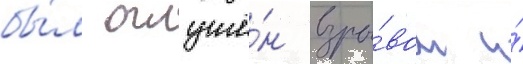
бы́л оглушё́н взры́вом и́